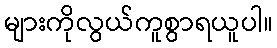
များကိုလွယ်ကူစွာရယူပါ။